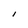
Character: I